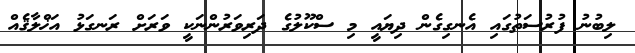
ލިބުނު ފުރުސަތުގައި އެނގިގެން ދިޔައީ މި ސްކޫލުގެ ދަރިވަރުންނަކީ ވަރަށް ރަނގަޅު އަޚްލާޤެއް